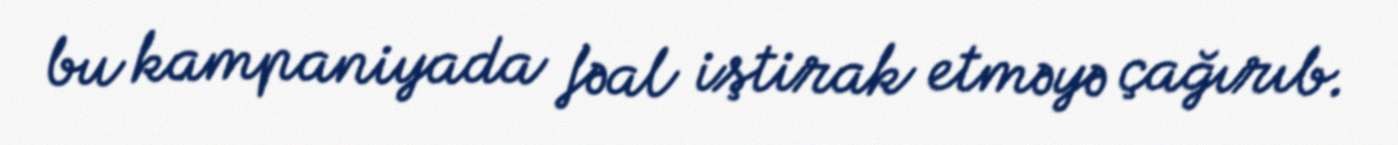
bu kampaniyada fəal iştirak etməyə çağırıb.